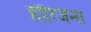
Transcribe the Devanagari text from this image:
हॉरिजन्स